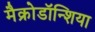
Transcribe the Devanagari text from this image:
मैक्रोडॉन्शिया